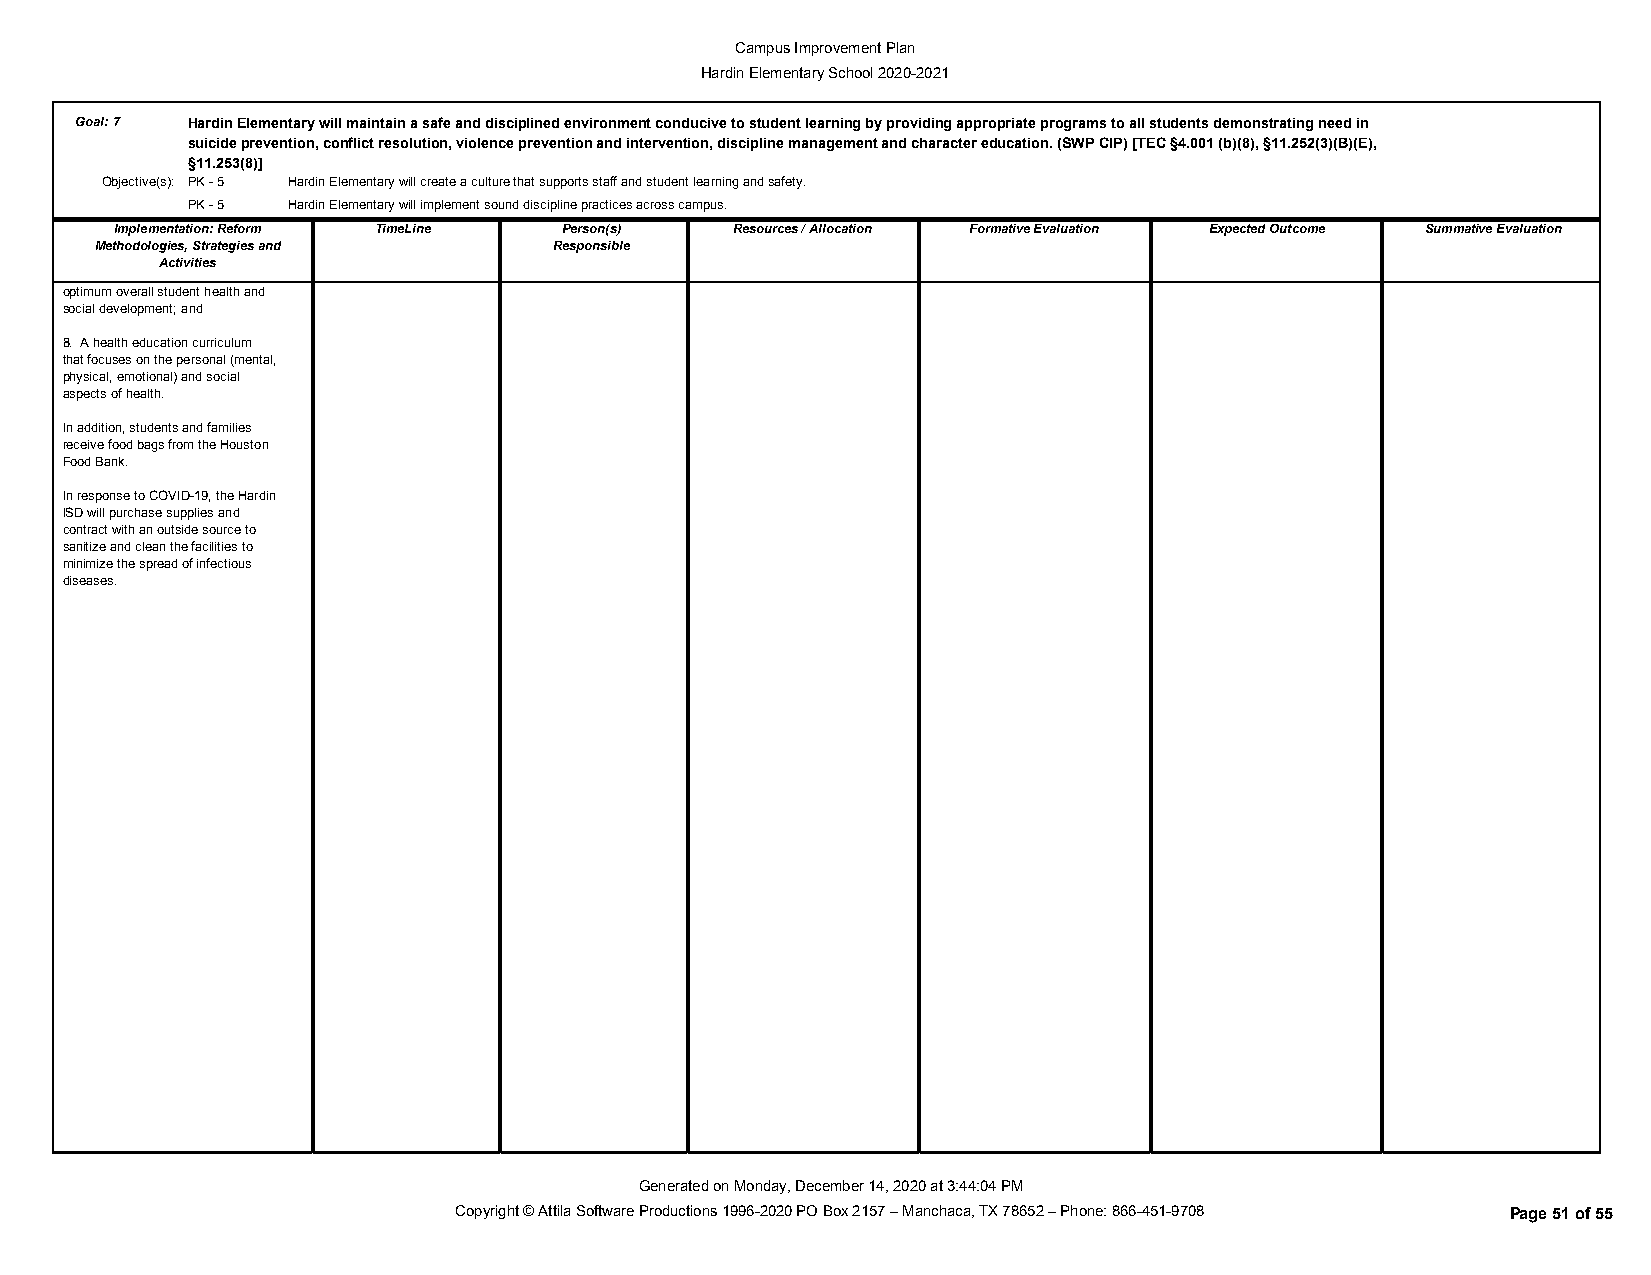
Campus Improvement Plan
 Hardin Elementary School 2020-2021
 Goal:7 Hardin Elementary will maintain a safe and disciplined environment conducive to student learning by providing appropriate programs to all students demonstrating need in
 suicide prevention, conflict resolution, violence prevention and intervention, discipline management and character education. (SWP CIP) [TEC §4.001 (b)(8), §11.252(3)(B)(E),
 §11.253(8)]
 Objective(s): PK - 5 Hardin Elementary will create a culture that supports staff and student learning and safety.
 PK - 5 Hardin Elementary will implement sound discipline practices across campus.
 Implementation: Reform TimeLine Person(s) Resources / Allocation Formative Evaluation Expected Outcome Summative Evaluation
 Methodologies, Strategies and  Responsible
 Activities
 optimum overall student health and
 social development; and
 8. A health education curriculum
 that focuses on the personal (mental,
 physical, emotional) and social
 aspects of health.
 In addition, students and families
 receive food bags from the Houston
 Food Bank.
 In response to COVID-19, the Hardin
 ISD will purchase supplies and
 contract with an outside source to
 sanitize and clean the facilities to
 minimize the spread of infectious
 diseases.
 Generated on Monday, December 14, 2020 at 3:44:04 PM
 Copyright © Attila Software Productions 1996-2020 PO Box 2157 – Manchaca, TX 78652 – Phone: 866-451-9708 Page 51 of 55